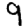
Digit: 9